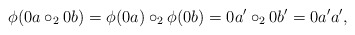
\begin{align*} \phi(0a \circ_2 0b) = \phi(0a) \circ_2 \phi(0b) = 0a' \circ_2 0b' = 0a'a', \end{align*}